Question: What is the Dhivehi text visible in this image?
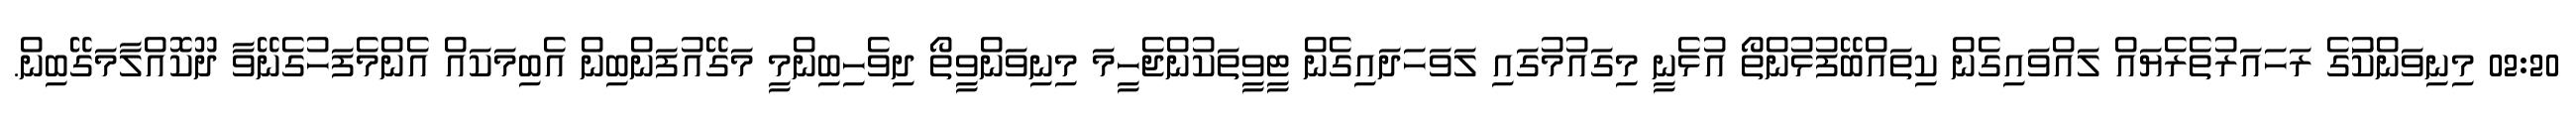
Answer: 02:20 މިނިވަންކަުގެ ރަހައަރުތެރެޔައް ލައްވައިގެން ކިތައްބޭފުޅުންތޯ އުޅެނީ މިގައުމުގައި ލަވަހަދައިގެން ޓީވީތަކުންޖެހީމަ މިނިވަންވީތޯ ދިވެހިބިންމީ މަގޭއުފަންބިން އެބިމަކައް އެންމެފަހުގެނޭވާ ދޫކޮއްލާމަގޭބިން.